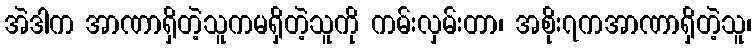
အဲဒါက အာဏာရှိတဲ့သူကမရှိတဲ့သူကို ကမ်းလှမ်းတာ၊ အစိုး၇ကအာဏာရှိတဲ့သူ၊